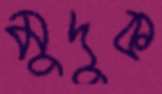
মুদুক